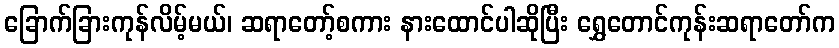
ခြောက်ခြားကုန်လိမ့်မယ်၊ ဆရာတော့်စကား နားထောင်ပါဆိုပြီး ရွှေတောင်ကုန်းဆရာတော်က